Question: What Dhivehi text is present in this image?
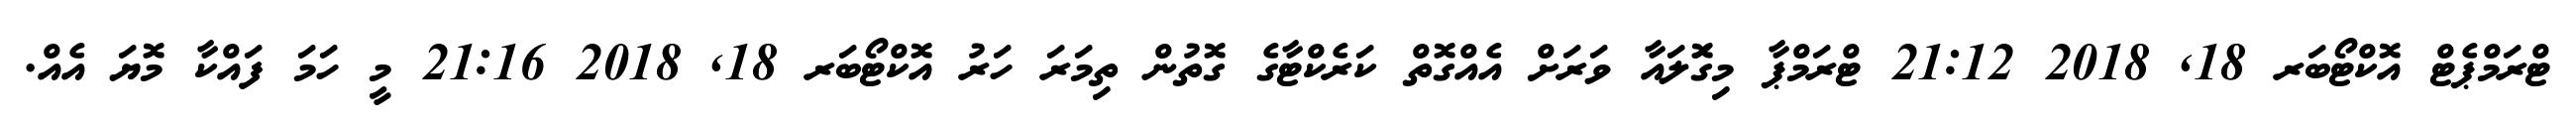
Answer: ޓްރަމްޕެޓް އޮކްޓޯބަރ 18, 2018 21:12 ޓްރަމްޕާ މިގޮަލައާ ވަރަށް އެއްގޮތް ކަރެކްޓާގެ ގޮތުން ތިމަރަ ހަރު އޮކްޓޯބަރ 18, 2018 21:16 މީ ހަމަ ފައްކާ މޮޔަ އެއް.